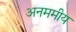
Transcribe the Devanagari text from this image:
अनममीय